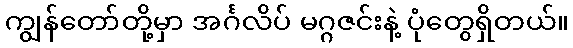
ကျွန်တော်တို့မှာ အင်္ဂလိပ် မဂ္ဂဇင်းနဲ့ ပုံတွေရှိတယ်။